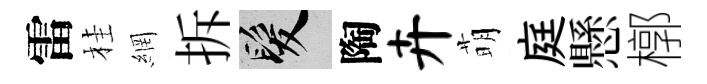
雷桂網拆髮陶卉萌庭懸槨